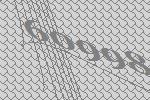
60998